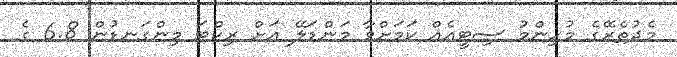
މެދުތެރޭގެ މުހިންމު ސިޓީއެއް ކަމަށްވާ މަންޑަލޭ އަށް ރިކްޓަ މިންގަނޑުން 6.8 ގެ